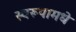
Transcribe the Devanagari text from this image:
स्वरूपामधे